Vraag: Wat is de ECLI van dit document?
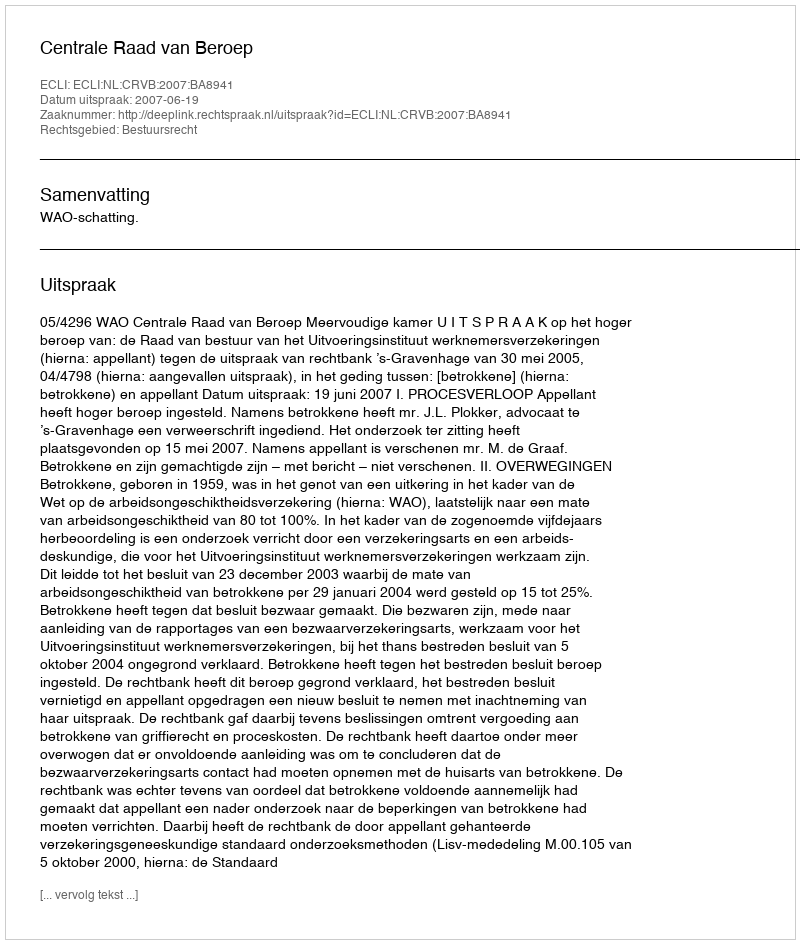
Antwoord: ECLI:NL:CRVB:2007:BA8941